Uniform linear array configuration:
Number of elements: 64
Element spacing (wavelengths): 0.25
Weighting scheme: binomial
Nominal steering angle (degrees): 30
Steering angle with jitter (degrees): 31.304
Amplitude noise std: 0.05
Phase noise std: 0.05

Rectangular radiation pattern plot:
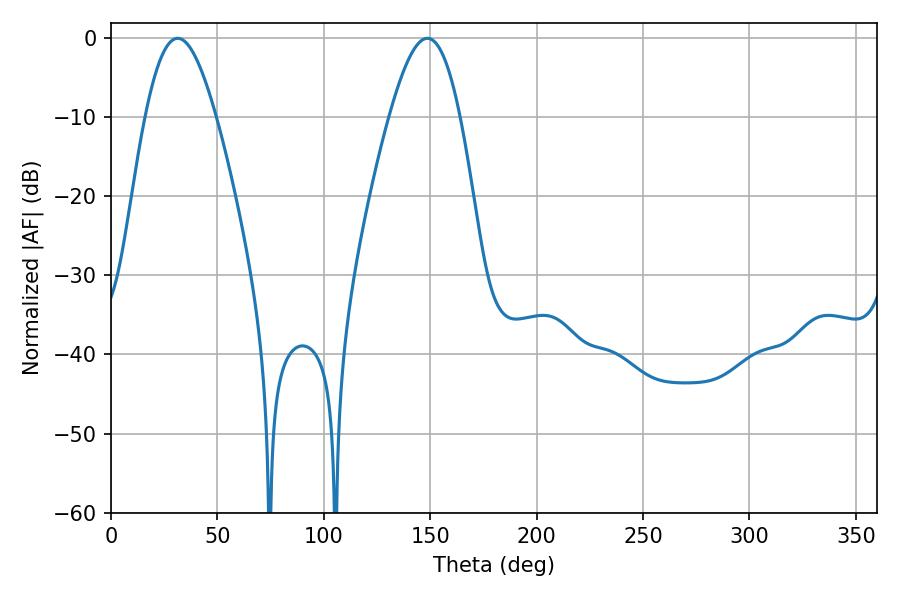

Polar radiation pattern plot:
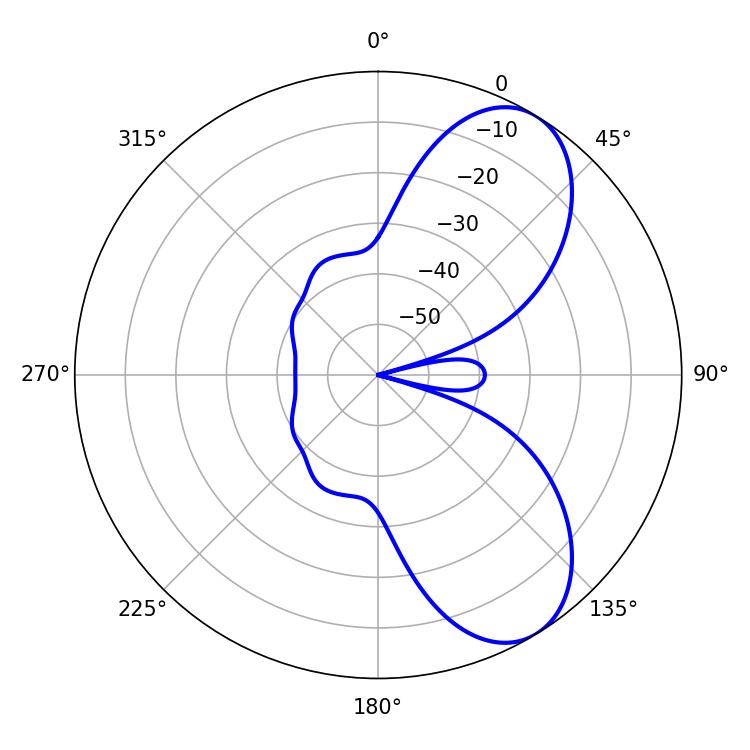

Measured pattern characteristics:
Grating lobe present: FALSE
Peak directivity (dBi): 7.463
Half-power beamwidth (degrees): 17.82
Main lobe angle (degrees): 31.32